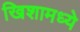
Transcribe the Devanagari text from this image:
खिशामध्ये